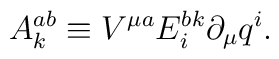
A^{ab}_k\equiv V^{\mu a}E^{bk}_i\partial_\mu q^i.